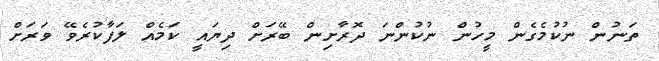
ތަނުން ނުކުމެގެން މީހުން ނުކުންނަ ދޮރާށިން ބޭރަށް ދިޔައީ ކަމެއް ލަފާކުރެވޭ ވަރަށް